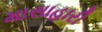
માસાહારી